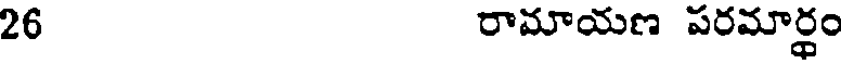
26 రామాయణ పరమార్థం